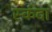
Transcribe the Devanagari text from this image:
स्कंदा